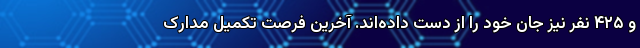
و ۴۲۵ نفر نیز جان خود را از دست داده‌اند. آخرین فرصت تکمیل مدارک